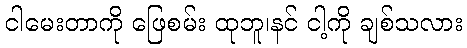
ငါမေးတာကို ဖြေစမ်း ထုဘူ၊နင် ငါ့ကို ချစ်သလား